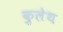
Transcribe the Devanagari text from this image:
कुलेथ